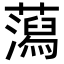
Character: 𧂙